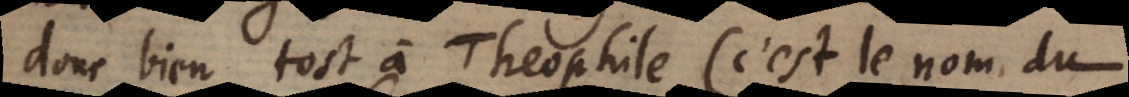
donc bien tost à Theophile (c’est le nom du